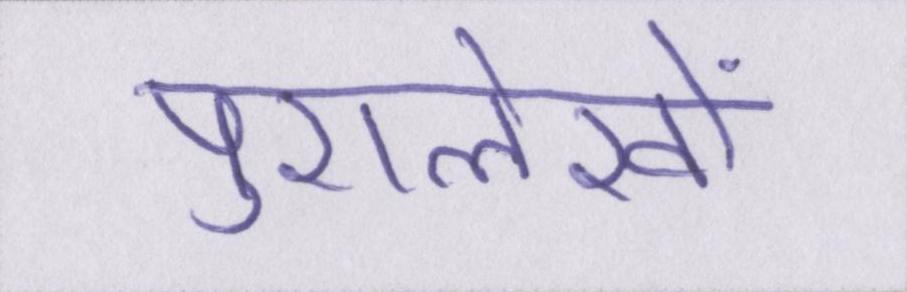
पुरालेखों